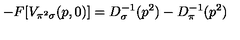
- F [ V _ { \pi ^ { 2 } \sigma } ( p , 0 ) ] = D _ { \sigma } ^ { - 1 } ( p ^ { 2 } ) - D _ { \pi } ^ { - 1 } ( p ^ { 2 } )